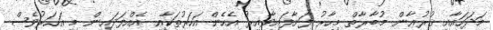
މަދަހައާއި ޤުރުޢާން މުބާރާތް މިހާރު ފަށާފައިވާއިރު އެހެން އަހަރުތަކާއި އެއްފަދައިން މި އަހަރުވެސް